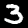
Digit: 3